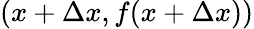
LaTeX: (x+\Delta x,f(x+\Delta x))